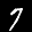
Label: 7